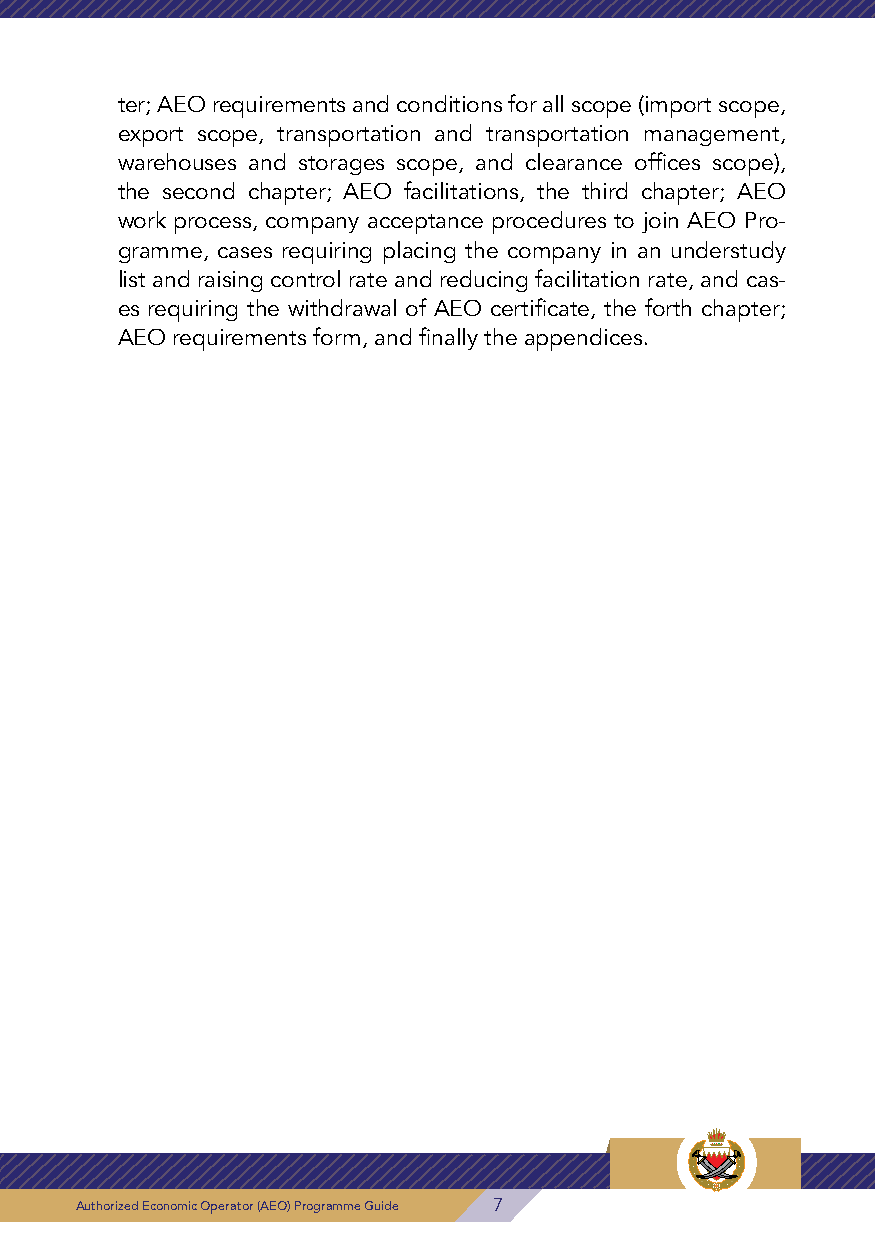
Table of Contents ter; AEO requirements and conditions for all scope (import scope,
 export scope, transportation and transportation management,
 Word of the President of Customs 1
 warehouses and storages scope, and clearance offices scope),
 Preface 2 the second chapter; AEO facilitations, the third chapter; AEO
 work process, company acceptance procedures to join AEO Pro-
 Table of Contents 4
 gramme, cases requiring placing the company in an understudy
 List of Tables 4
 list and raising control rate and reducing facilitation rate, and cas-
 List of Diagrams 4 es requiring the withdrawal of AEO certificate, the forth chapter;
 Glossary 5 AEO requirements form, and finally the appendices.
 Goals of AEO Programme 8
 Chapter 1 9
 AEO Requirements and Conditions for All Scope 10
 1. Import Scope 10
 2. Export Scope 12
 3. Transportation and Transportation Management Scope 14
 4. Warehouse and Storages Scope 16
 5. Clearance Offices Scope 18
 Chapter 2 20
 AEO Facilitations 21
 Chapter 3 22
 AEO Work Process 23
 The First Stage: Submit the Application by the Company Wish-
 24
 ing to Join AEO Programme
 The Second Stage: Preliminary Audit Phase 24
 The Third Stage: Field Audit Phase 24
 The Fourth Stage: Post Audit on Compliance Improvement Plan 25
 The Fifth Stage: Compliance Assessment Phase (the result) 26
 The Sixth Stage: Periodic Audit Phase 26
 8 Authorized Economic Operator (AEO) Programme Guide Authorized Economic Operator (AEO) Programme Guide 7